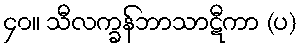
၄၀။ သီလက္ခန်ဘာသာဋီကာ (ပ)